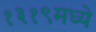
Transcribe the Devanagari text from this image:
१३१९मध्ये